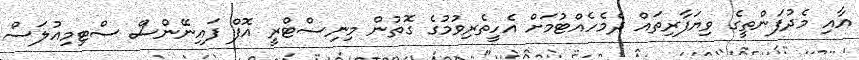
އާއި މެދުފަންތީގެ ވިޔަފާރިތައް ދެމެހެއްޓުމަށް އެހީތެރިވުމުގެ ގޮތުން މިނިސްޓްރީ އޮފް ފައިނޭންސް ސްޓިމިއުލަސް